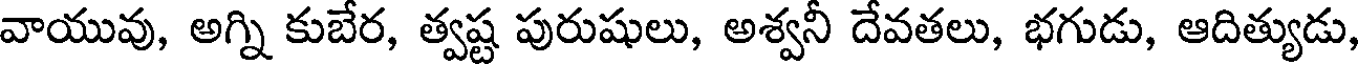
వాయువు, అగ్ని కుబేర, త్వష్ట పురుషులు, అశ్వనీ దేవతలు, భగుడు, ఆదిత్యుడు,